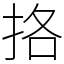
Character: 挌